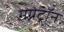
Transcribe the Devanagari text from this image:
मग्नेट्रॉन